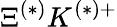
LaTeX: \Xi^{(*)}K^{(*)+}